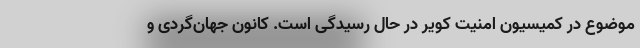
موضوع در کمیسیون امنیت کویر در حال رسیدگی است. کانون جهان‌گردی و